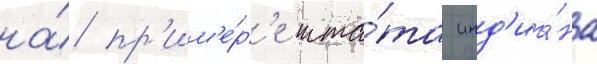
на́ пр'им'е́р'е шта́та инд'иа́на